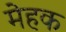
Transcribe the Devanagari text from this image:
मेहक